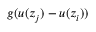
g ( u ( z _ { j } ) - u ( z _ { i } ) )